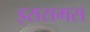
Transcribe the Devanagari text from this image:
इरासमस